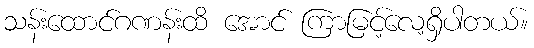
သန်းထောင်ဂဏန်းထိ အောင် ကြာမြင့်လေ့ရှိပါတယ်။